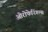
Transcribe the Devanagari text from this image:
ओरोफेरिंगल्स